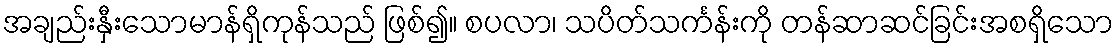
အချည်းနှီးသောမာန်ရှိကုန်သည် ဖြစ်၍။ စပလာ၊ သပိတ်သင်္ကန်းကို တန်ဆာဆင်ခြင်းအစရှိသော